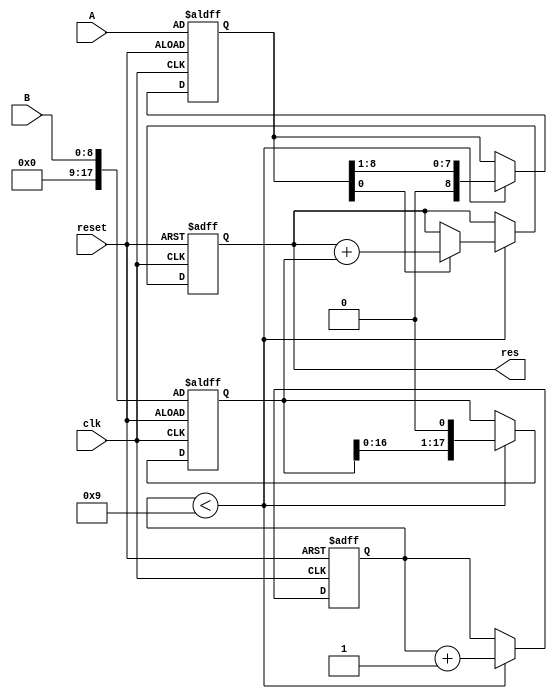
module mul(
    input [8:0] A,
    input [8:0] B,
    input reset,
    input clk,
    output reg [17:0] res
    );
	reg [17:0] multiplicand;
	reg [8:0] multiplier;
	reg [3:0] counter;
	always @(posedge clk or posedge reset)
	begin
		if(reset)
		begin
			counter <= 0;
			res <= 0;
			multiplicand <= {{9{0}}, B};
			multiplier <= A;
		end
		else
		begin
			if(counter < 9)
			begin
				if(multiplier[0] == 1)
				begin
					res <= res + multiplicand;
				end
				multiplier <= multiplier >> 1;
				multiplicand <= multiplicand << 1;
				counter <= counter + 1;
			end
		end
	end
endmodule